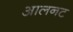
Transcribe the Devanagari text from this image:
आलनट